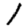
Digit: 1